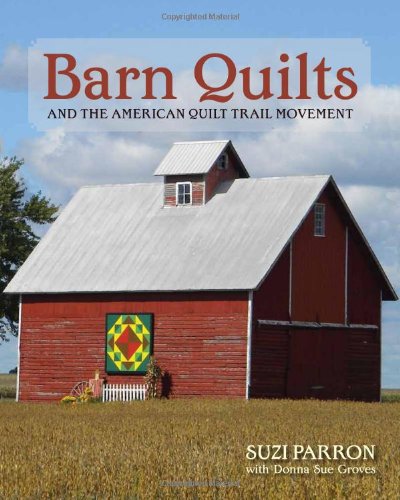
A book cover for Barn Quilts and the American Quilt Trail Movement; Suzi Parron; Arts & Photography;